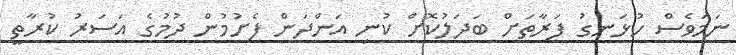
ނަމަވެސް ހުޅަނގު ފަރާތަށް ބަދަލުކޮށް ކުނި އަންދަން ފެށުމުން ދުމުގެ އަސަރު ކުރާތީ